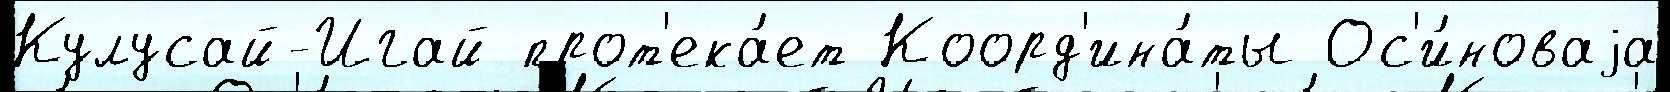
Кулусай-Игай прот'ека́ет Коорд'ина́ты Ос'и́новаjа